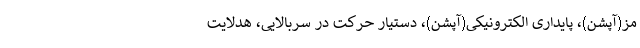
مز(آپشن)، پایداری الکترونیکی(آپشن)، دستیار حرکت در سربالایی، هدلایت